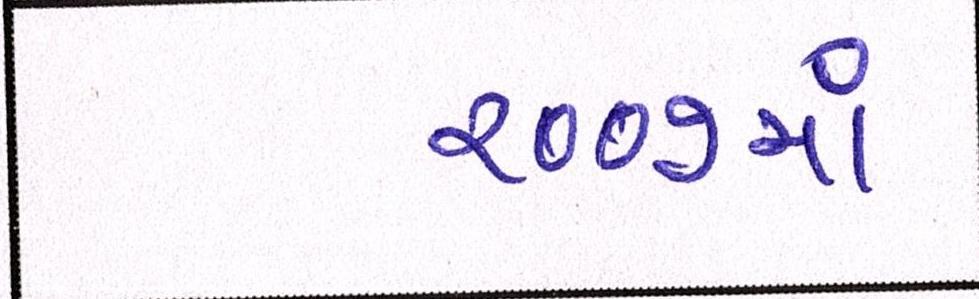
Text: ૨૦૦૭માં